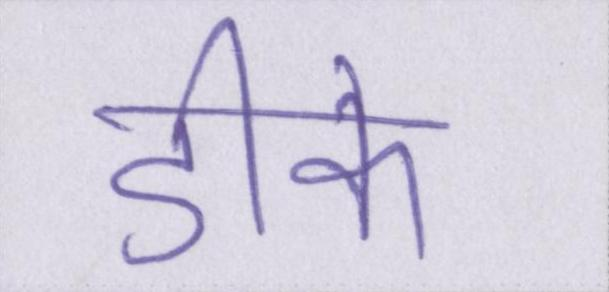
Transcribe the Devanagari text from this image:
डीके